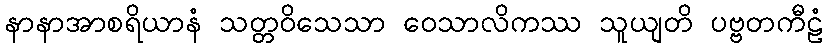
နာနာအာစရိယာနံ သတ္တဝိသေသာ ဝေသာလိကဿ သူယျတိ ပဗ္ဗတကီဠံ